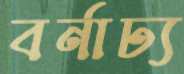
বর্নাঢ্য